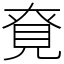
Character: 䙽